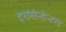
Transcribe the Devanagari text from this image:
ट्रांसेन्डेन्टल